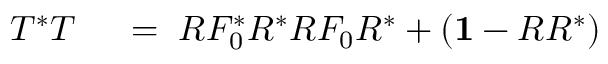
\begin{array} { r l } { T ^ { * } T } & { { } \; = \; R F _ { 0 } ^ { * } R ^ { * } R F _ { 0 } R ^ { * } + ( { \bf 1 } - R R ^ { * } ) } \end{array}